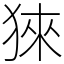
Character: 猍